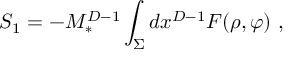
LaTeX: S _ { 1 } = - M _ { * } ^ { D - 1 } \int _ { \Sigma } d x ^ { D - 1 } F ( \rho , \varphi ) ~ ,